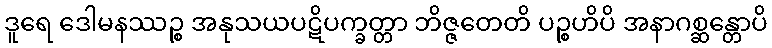
ဒူရေ ဒေါမနဿဉ္စ အနုသယပဋိပက္ခတ္တာ ဘိဇ္ဇတေတိ ပဉ္စဟိပိ အနာဂစ္ဆန္တောပိ